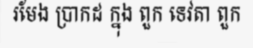
រមែង ប្រាកដ ក្នុង ពួក ទេវតា ពួក